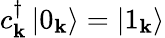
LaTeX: c_{\mathbf{k}}^{\dagger}\left|0_{\mathbf{k}}\right\rangle=\left|1_{\mathbf{k}}\right\rangle